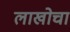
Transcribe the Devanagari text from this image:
लाखोचा